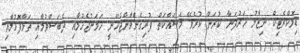
ޑިމޮކްރެޓިކް ނިޒާމު ހަރުދަނާ ކުރަން ކުރެވޭ މަސައްކަތް ފުރިގެންވާންޖެހޭނީ ހަމަނުޖެހުމާއި ދެބަސްވުމާއި ތަޅާފޮޅުމާއި